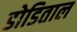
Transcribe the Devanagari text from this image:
डोडिताल